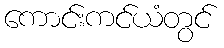
ကောင်းကင်ယံတွင်